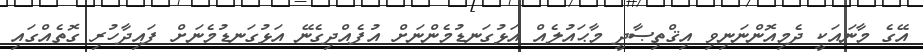
އޭގެ މާނައަކީ ދެމިއޮންނަނިވި އިޤްތިޞާދީ މާޙައުލެއް އަޅުގަނޑުމެންނަށް އުފެއްދިގެނޭ އަޅުގަނޑުމެނަށް ފައިދާހުރި ގޮތެއްގައި